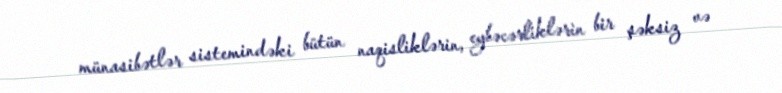
münasibətlər sistemindəki bütün naqisliklərin, eybəcərliklərin bir şəksiz və